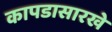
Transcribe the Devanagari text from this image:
कापडासारखे